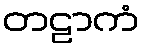
တဠာကံ